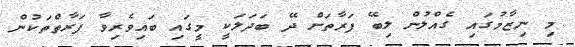
މި ނިޒާމުގައި ގެއްލުން ލިބޭ ފަރާތަށް ދޭ ބަދަލަކީ މީގައި ބައިވެރިވާ ފަރާތްތަކުން